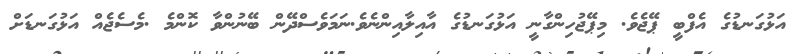
އަޅުގަނޑުގެ އެފްބީ ޕޭޖެވެ. މިޕޭޖުހިންގާނީ އަޅުގަނޑުގެ އާއިލާއިންނެވެ.ނަމަވެސްދޭން ބޭނުންވާ ކޮންމެ .މެސެޖެއް އަޅުގަނޑަށް